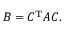
B = C ^ { \mathrm { T } } A C .